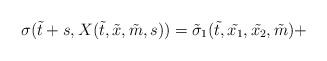
LaTeX: \begin{align*}\sigma(\tilde{t}+s,X(\tilde{t},\tilde{x},\tilde{m},s))=\tilde{\sigma}_1(\tilde{t},\tilde{x_1},\tilde{x_2},\tilde{m})+\end{align*}